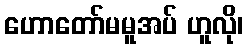
ဟောတော်မမူအပ် ဟူလို၊